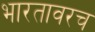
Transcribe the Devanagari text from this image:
भारतावरच